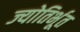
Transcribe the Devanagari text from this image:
ज्योतिर्भूत